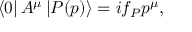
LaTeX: \left\langle 0 \right| A ^ { \mu } \left| P ( p ) \right\rangle = i f _ { P } p ^ { \mu } ,